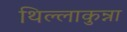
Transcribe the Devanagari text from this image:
थिल्लाकुन्ना